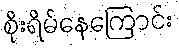
စိုးရိမ်နေကြောင်း